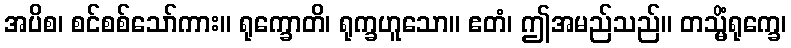
အပိစ၊ စင်စစ်သော်ကား။ ရုက္ခောတိ၊ ရုက္ခဟူသော။ ဧတံ၊ ဤအမည်သည်။ တသ္မိံရုက္ခေ၊